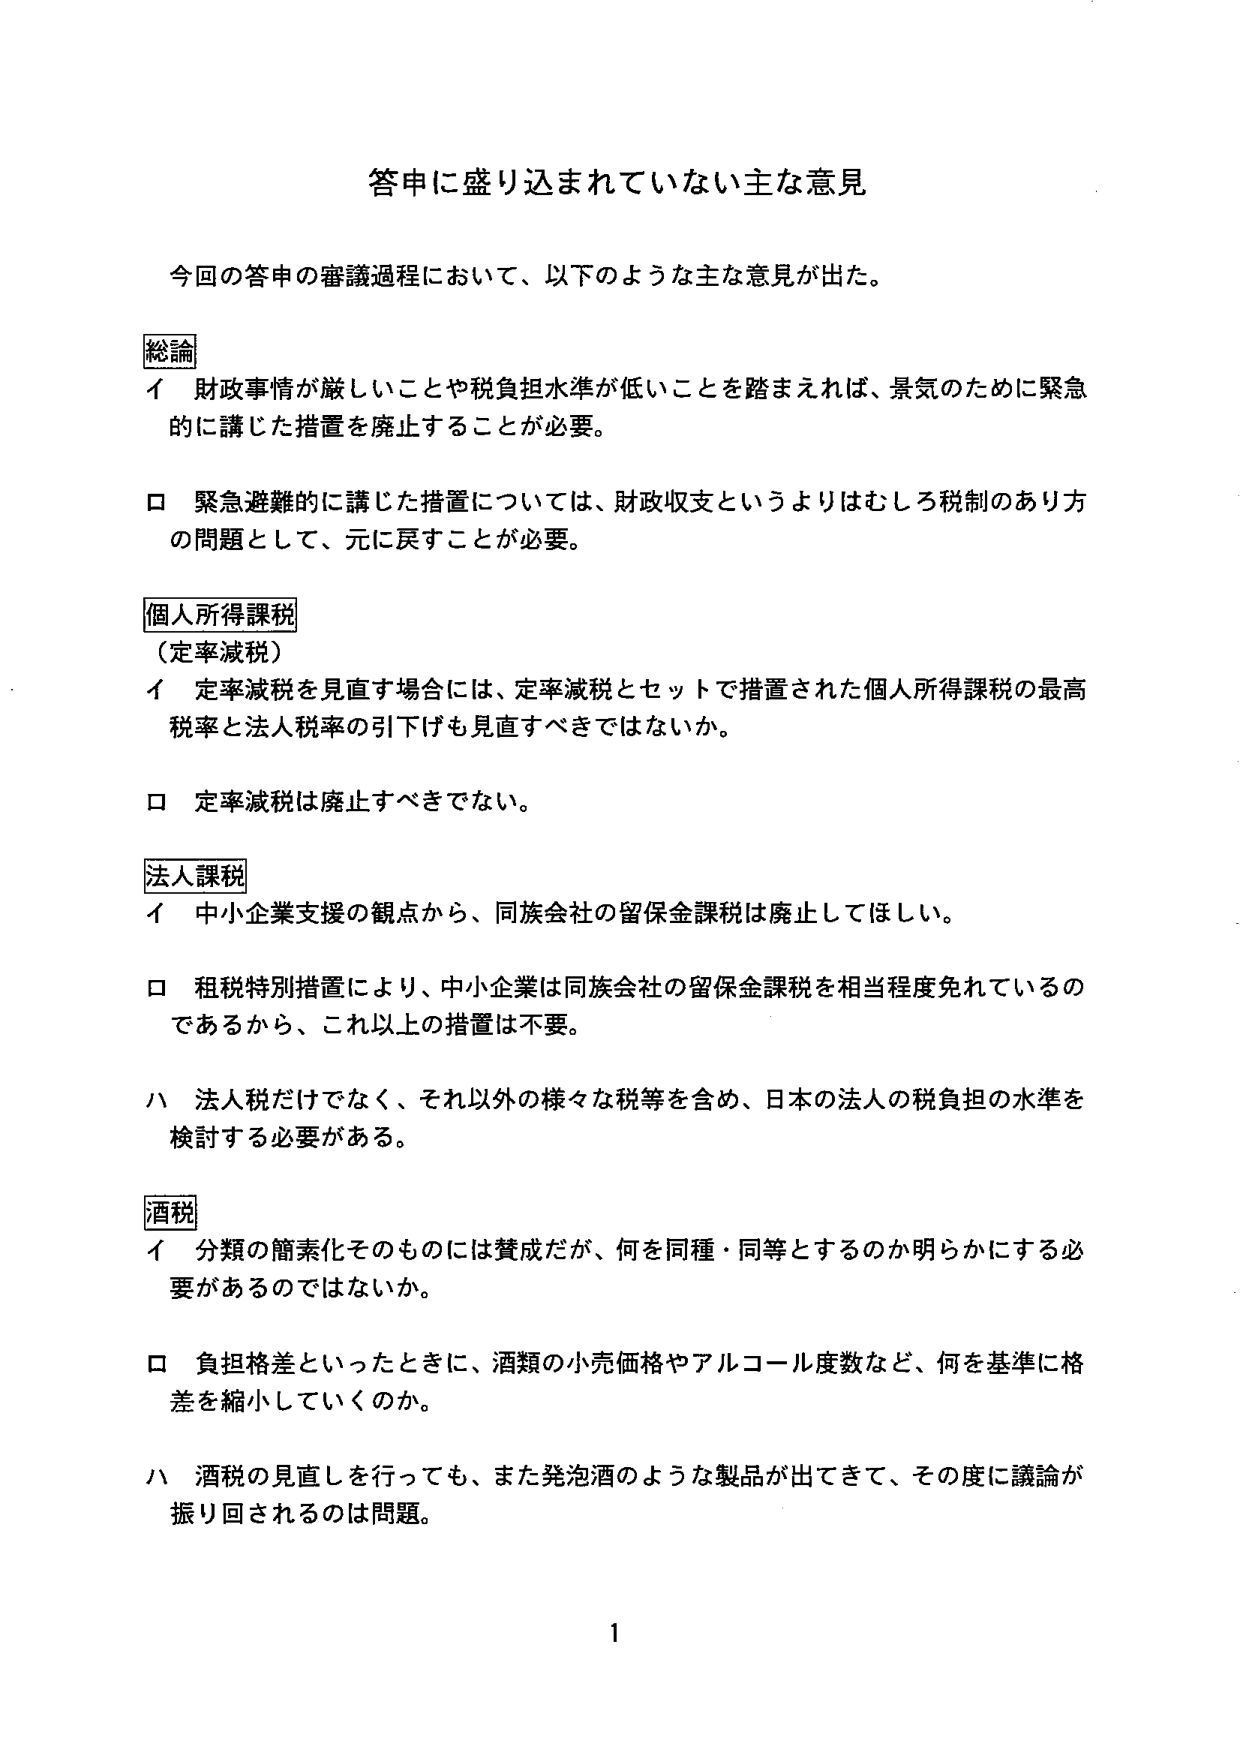
答申に盛り込まれていない主な意見

今回の答申の審議過程において、以下のような主な意見が出た。

総論
イ 財政事情が厳しいことや税負担水準が低いことを踏まえれば、景気のために緊急的に講じた措置を廃止することが必要。
ロ 緊急避難的に講じた措置については、財政収支というよりはむしろ税制のあり方の問題として、元に戻すことが必要。

個人所得課税
（定率減税）
イ 定率減税を見直す場合には、定率減税とセットで措置された個人所得課税の最高税率と法人税率の引下げも見直すべきではないか。
ロ 定率減税は廃止すべきでない。

法人課税
イ 中小企業支援の観点から、同族会社の留保金課税は廃止してほしい。
ロ 租税特別措置により、中小企業は同族会社の留保金課税を相当程度免れているのであるから、これ以上の措置は不要。
ハ 法人税だけでなく、それ以外の様々な税等を含め、日本の法人の税負担の水準を検討する必要がある。

酒税
イ 分類の簡素化そのものには賛成だが、何を同種・同等とするのか明らかにする必要があるのではないか。
ロ 負担格差といったときに、酒類の小売価格やアルコール度数など、何を基準に格差を縮小していくのか。
ハ 酒税の見直しを行っても、また発泡酒のような製品が出てきて、その度に議論が振り回されるのは問題。

1